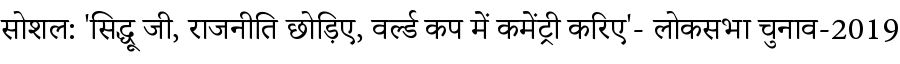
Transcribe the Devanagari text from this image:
सोशल: 'सिद्धू जी, राजनीति छोड़िए, वर्ल्ड कप में कमेंट्री करिए'- लोकसभा चुनाव-2019